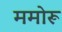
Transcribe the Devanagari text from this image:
ममोरू